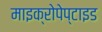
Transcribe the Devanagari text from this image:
माइक्रोपेप्टाइड